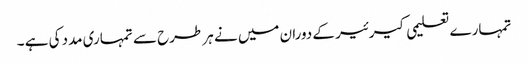
تمہارے تعلیمی کیرئیر کے دوران میں نے ہر طرح سے تمہاری مدد کی ہے ۔